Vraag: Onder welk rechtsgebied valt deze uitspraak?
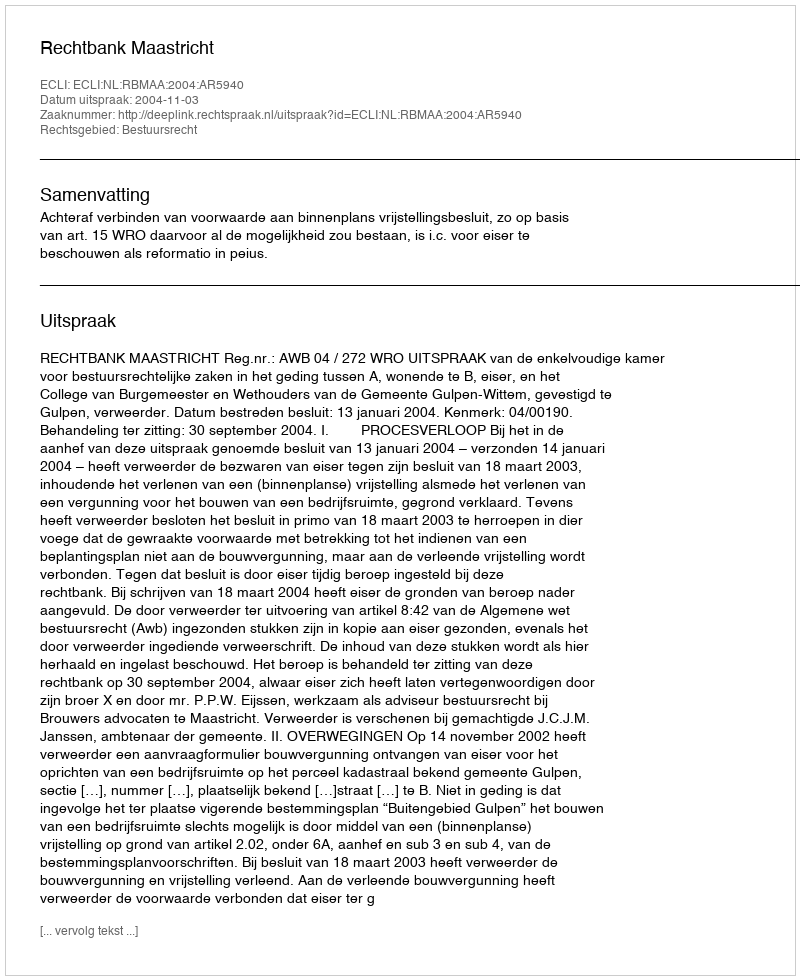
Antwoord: Bestuursrecht